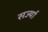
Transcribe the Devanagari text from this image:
सर्ज्या